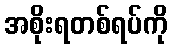
အစိုးရတစ်ရပ်ကို